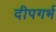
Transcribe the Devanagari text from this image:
दीपगर्भ